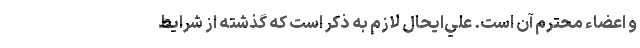
و اعضاء محترم آن است. علي‌ايحال لازم به ذكر است كه گذشته از شرايط